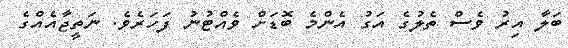
ބަލާ އިރު ވެސް ތެލުގެ އަގު އެންމެ ބޮޑަށް ވެއްޓުނު ފަހަރެވެ. ނަތީޖާއެއްގެ